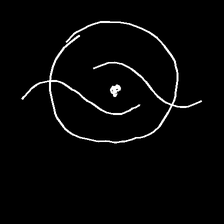
Glyph: repetition